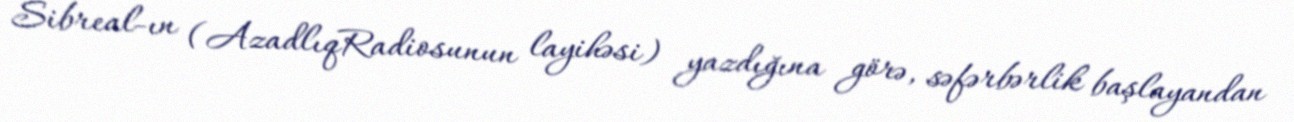
Sibreal-ın (AzadlıqRadiosunun layihəsi) yazdığına görə, səfərbərlik başlayandan